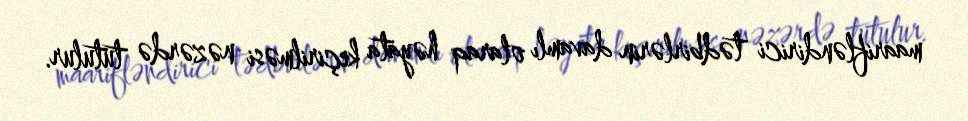
maarifləndirici tədbirlərin davamlı olaraq həyata keçirilməsi nəzərdə tutulur.